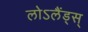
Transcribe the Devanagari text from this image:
लोऽलैंड्स्